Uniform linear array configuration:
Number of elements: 32
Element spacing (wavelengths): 1
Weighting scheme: exponential
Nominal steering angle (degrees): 0
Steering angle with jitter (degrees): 1.858
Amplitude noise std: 0.05
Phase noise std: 0.05

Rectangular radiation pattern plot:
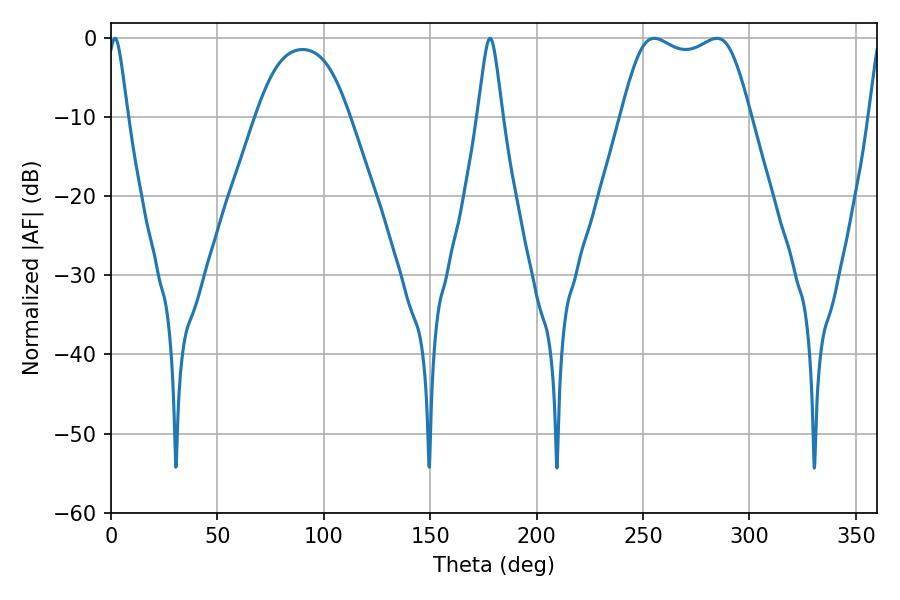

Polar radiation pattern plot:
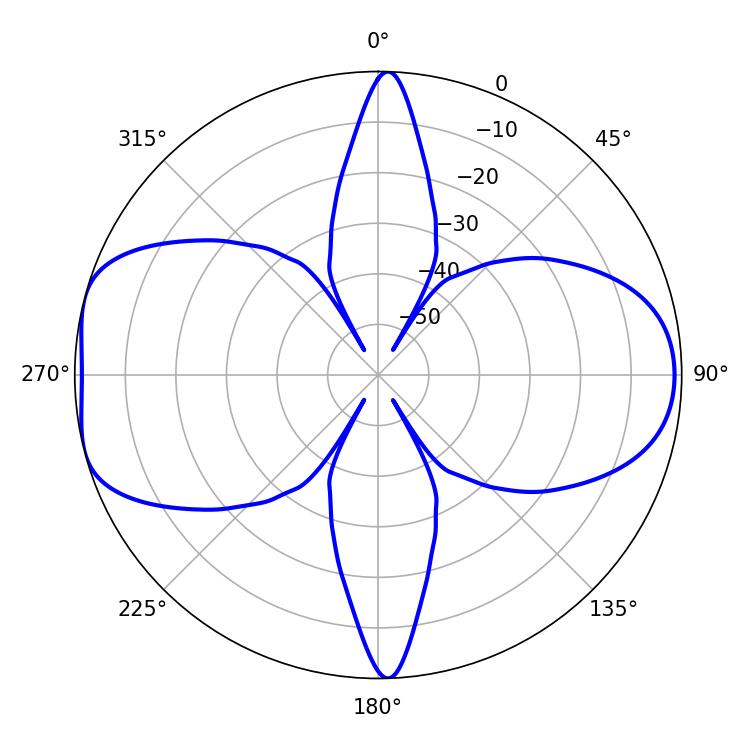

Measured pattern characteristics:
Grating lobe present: TRUE
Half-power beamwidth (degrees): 46.8
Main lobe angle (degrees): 255.24